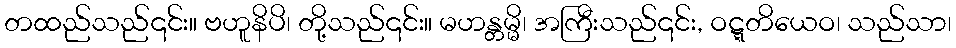
တထည်သည်၎င်း။ ဗဟူနိပိ၊ တို့သည်၎င်း။ မဟန္တမ္မိ၊ အကြီးသည်၎င်း, ဝဋ္ဋတိယေဝ၊ သည်သာ၊